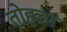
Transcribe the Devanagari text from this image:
तोहडा